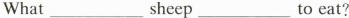
What ___sheep ___to eat?